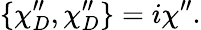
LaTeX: \{ \chi_{D}^{\prime\prime},\chi_{D}^{\prime\prime}\} =i\chi^{\prime\prime}.